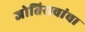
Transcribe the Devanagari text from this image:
जोतिरावांचा